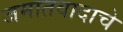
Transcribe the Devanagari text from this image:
जमातवादाचे